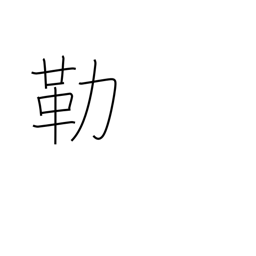
Meaning: halter and bit